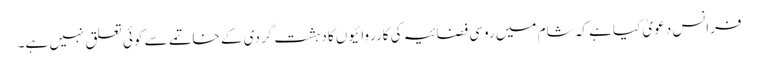
فرانس دعویٰ کیا ہے کہ شام میں روسی فضائیہ کی کارروائیوں کا دہشت گردی کے خاتمے سے کوئی تعلق نہیں ہے۔